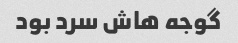
گوجه هاش سرد بود